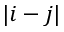
| i - j |